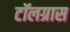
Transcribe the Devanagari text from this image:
टॉलग्रास